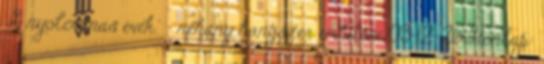
'A nyolcvanas évek.' - néhány hangszer említése 03-12-26 Honlap: